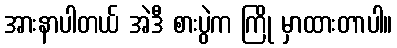
အားနာပါတယ် အဲဒီ စားပွဲက ကြို မှာထားတာပါ။